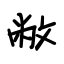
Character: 敝